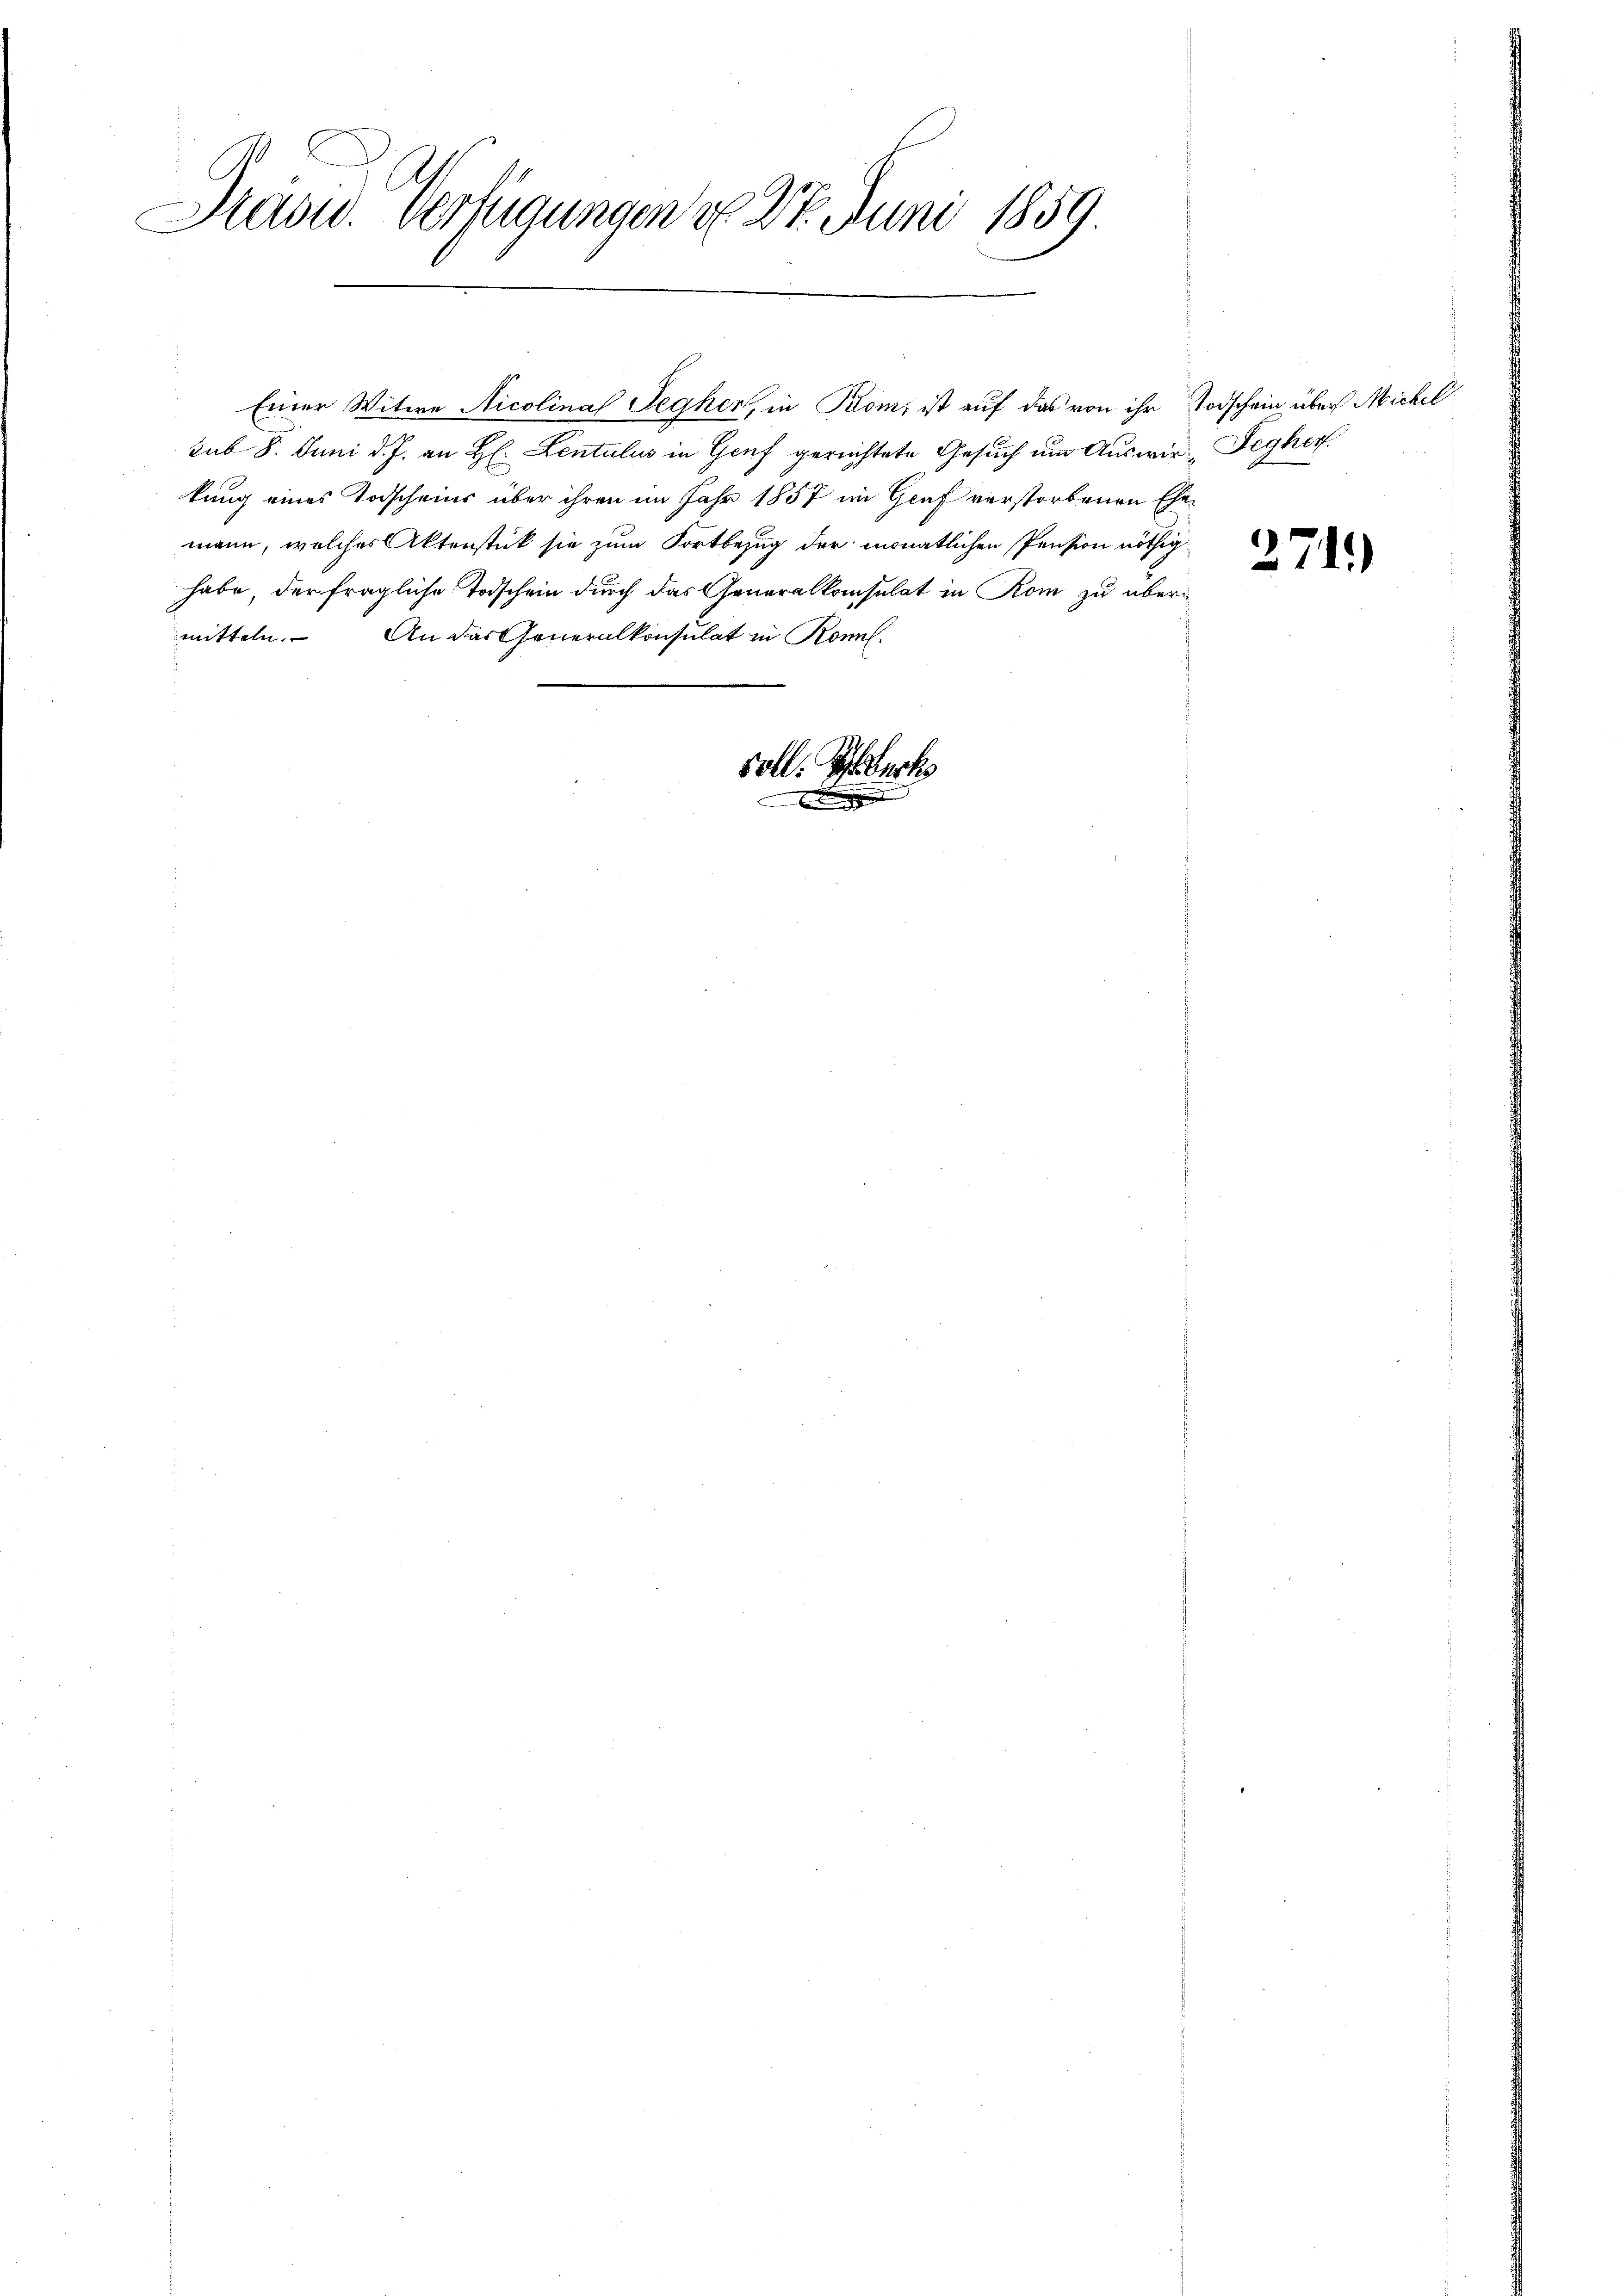
Grasw. Verfügungen d. 27. Juni 1859.
p

sub. 8. Juni d. J. an H. Lentulus in Genf gerichtete Gesuch um Auswir-Segher
kung eines Todscheins über ihren im Jahr 1857 im Genf verstorbenen Ehemann, welches Aktenstück sie zum Fortbezug der monatlichen Pension nöthig
habe, der fragliche Todschein durch das Generalkonsulat in Rom zu übermitteln. An das Generalkonsulat in Konnl.

Einer Witwe Nicolina Pegher, in Rom, ist auf das von ihr Todschein über Michel

x

soll. Geburts

2741)